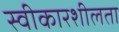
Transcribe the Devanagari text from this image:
स्वीकारशीलता